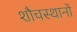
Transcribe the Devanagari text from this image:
शौचस्थानों